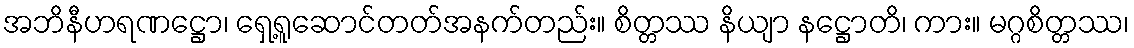
အဘိနီဟရဏဋ္ဌော၊ ရှေ့ရူဆောင်တတ်အနက်တည်း။ စိတ္တဿ နိယျာ နဋ္ဌောတိ၊ ကား။ မဂ္ဂစိတ္တဿ၊